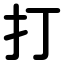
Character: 打